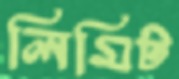
লিমিট